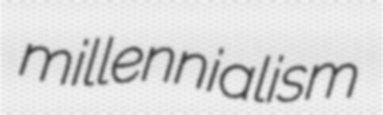
millennialism